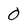
Character: 0